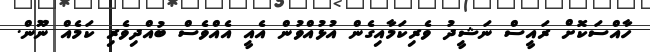
ހާއްސަކޮށް ރައީސް ނަޝީދު ވެރިކަމާއިގެން އުޅުއްވުން އެއީ އެއްވެސް ބުއްދިވެރި ކަމެއް ނޫން.